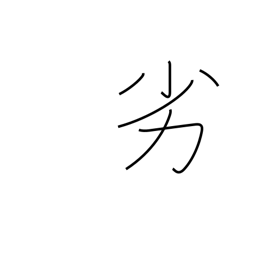
Meaning: inferiority